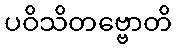
ပဝိသိတဗ္ဗောတိ